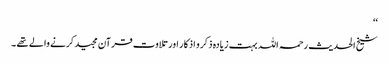
‘‘
شیخ الحدیث رحمہ اللہ بہت زیادہ ذکر و اذکار اور تلاوت قرآن مجید کرنے والے تھے ۔